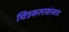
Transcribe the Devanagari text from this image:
चित्रकलासंस्कार